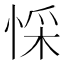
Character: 㥒